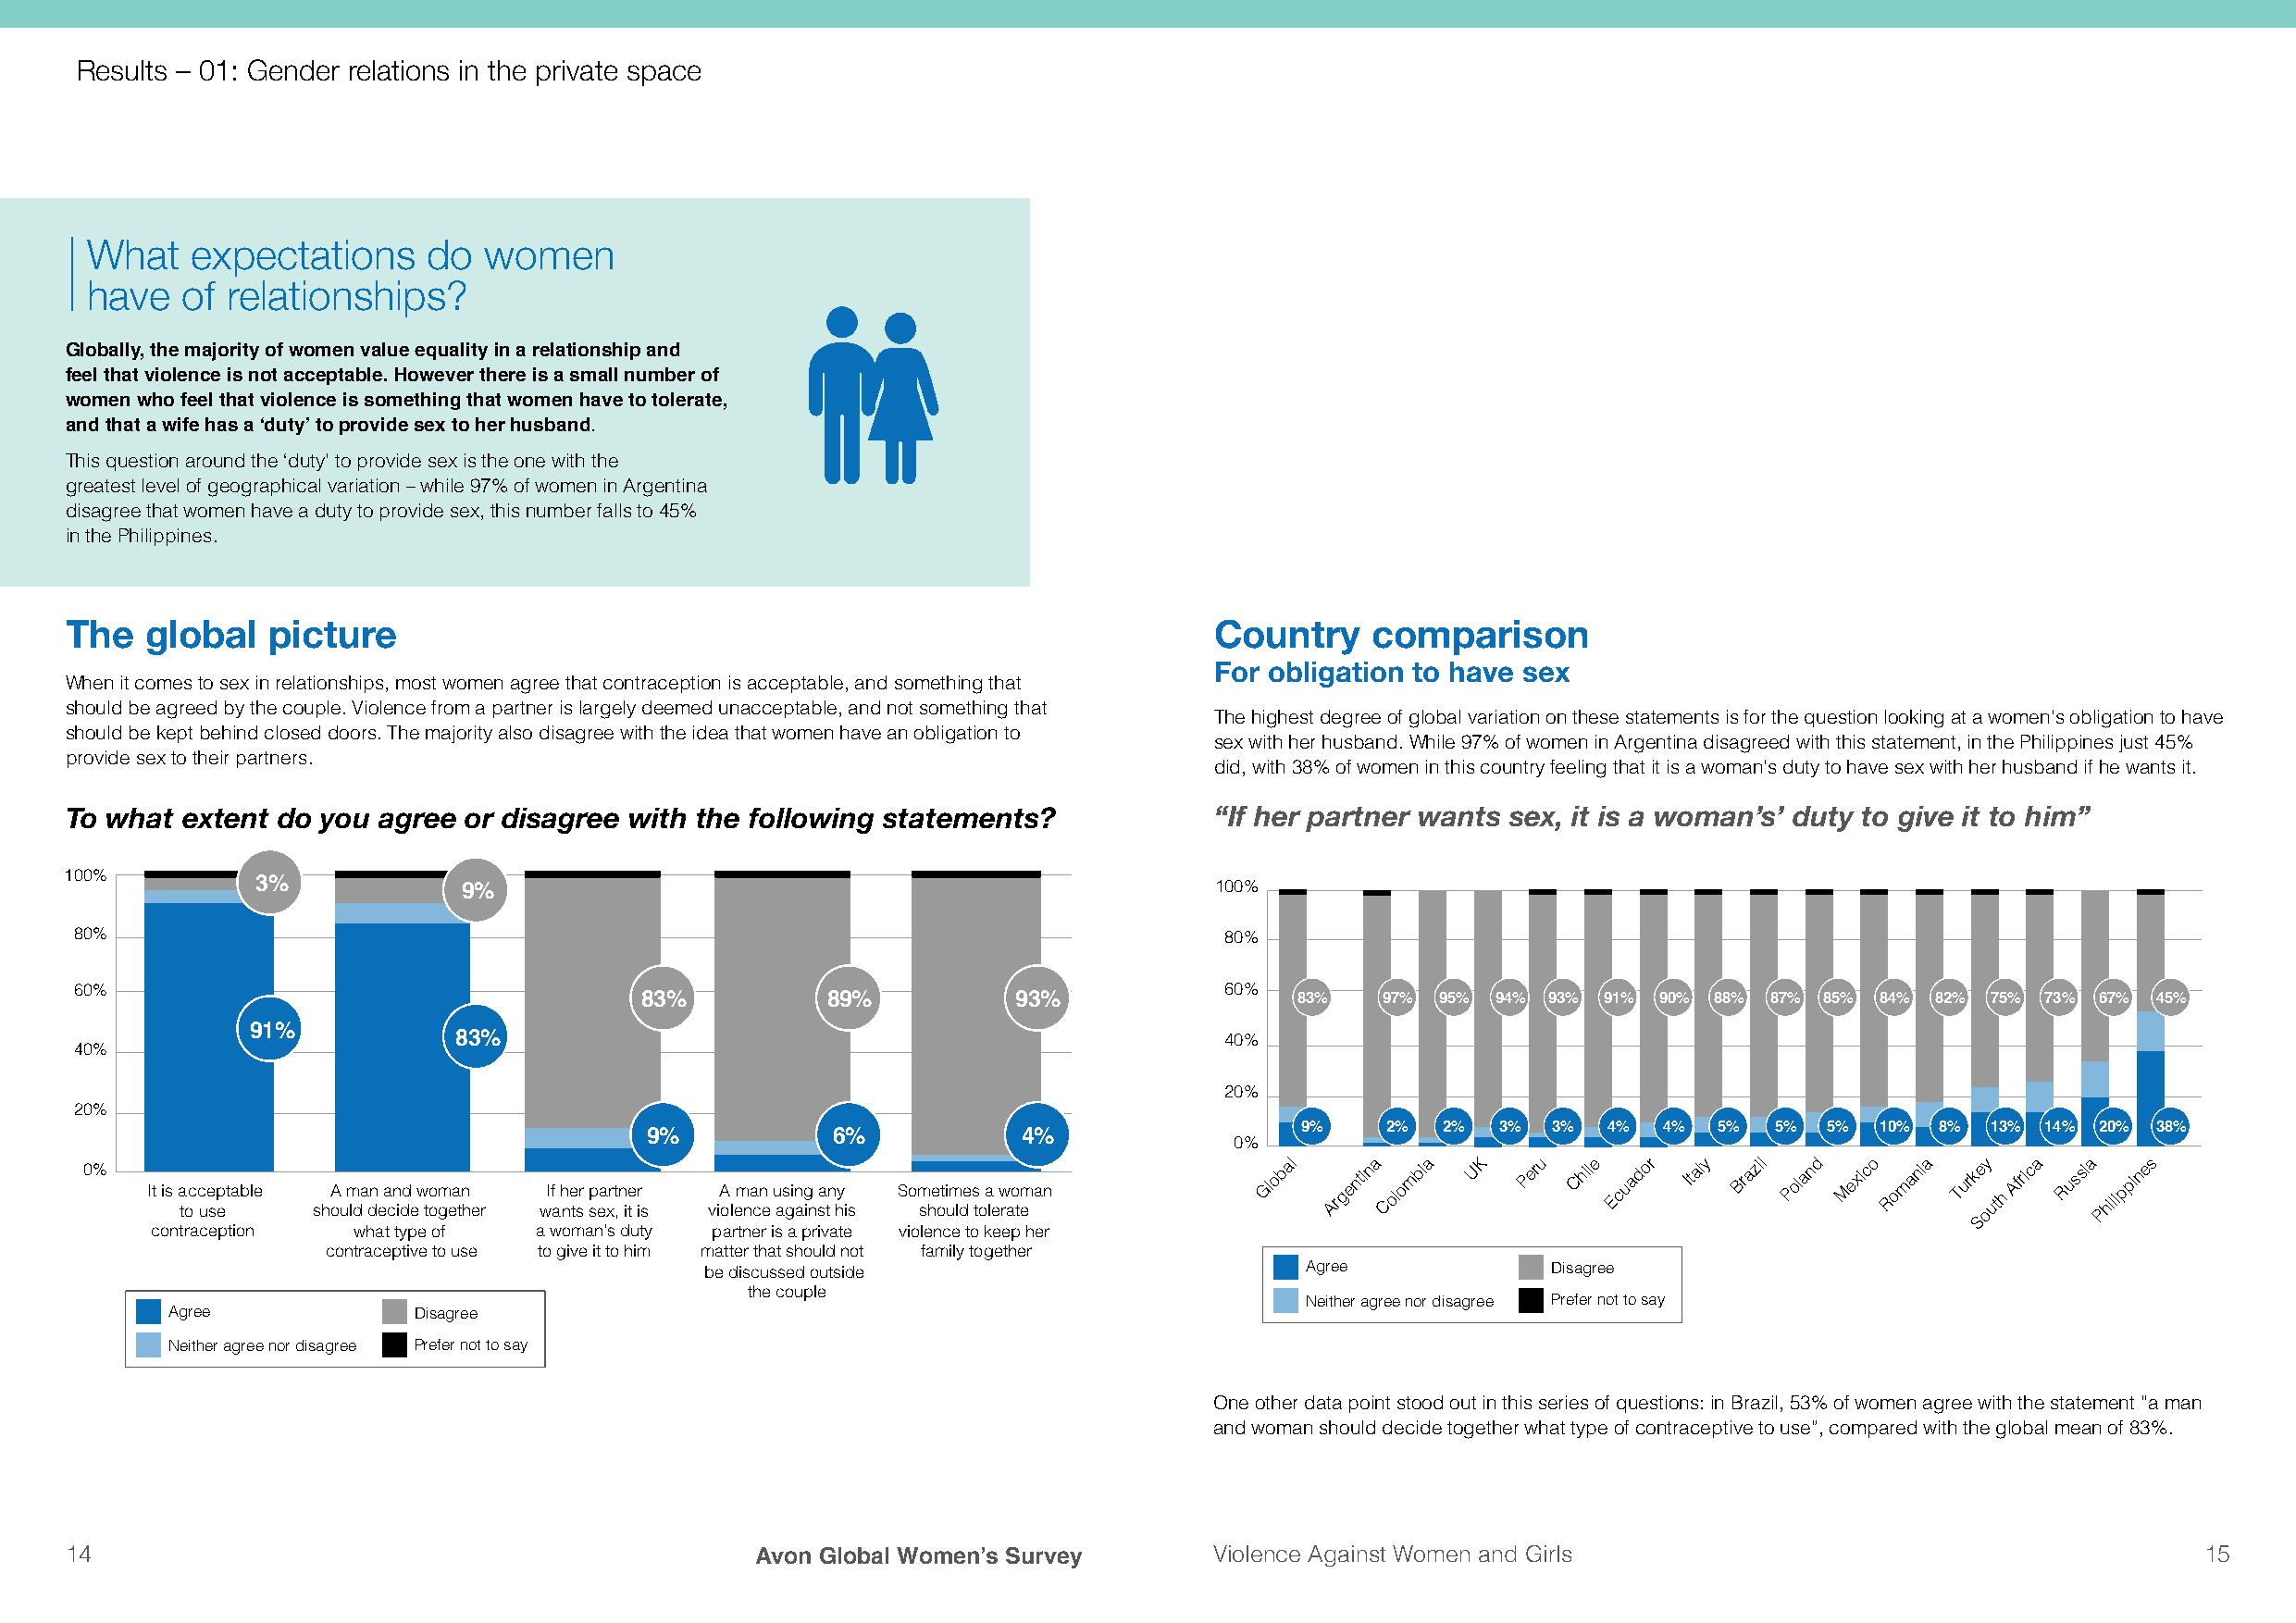
Results – 01: Gender relations in the private space
 What    expectations     do  women
 have   of relationships?
 Globally, the majority of women value equality in a relationship and
 feel that violence is not acceptable. However there is a small number of
 women who feel that violence is something that women have to tolerate,
 and that a wife has a ‘duty’ to provide sex to her husband.
 This question around the ‘duty’ to provide sex is the one with the
 greatest level of geographical variation – while 97% of women in Argentina
 disagree that women have a duty to provide sex, this number falls to 45%
 in the Philippines.
 The  global   picture                                                             Country    comparison
 For obligation to have sex
 When it comes to sex in relationships, most women agree that contraception is acceptable, and something that
 should be agreed by the couple. Violence from a partner is largely deemed unacceptable, and not something that
 The highest degree of global variation on these statements is for the question looking at a women’s obligation to have
 should be kept behind closed doors. The majority also disagree with the idea that women have an obligation to
 sex with her husband. While 97% of women in Argentina disagreed with this statement, in the Philippines just 45%
 provide sex to their partners.
 did, with 38% of women in this country feeling that it is a woman’s duty to have sex with her husband if he wants it.
 To what extent do you agree or disagree with the following statements?            “ If her partner wants sex, it is a woman’s’ duty to give it to him”
 100%
 3%             9%                                                    100%
 80%                                                                                80%
 60%                                                                                60%
 83%          89%           93%                 83%   97% 95% 94% 93% 91% 90% 88% 87% 85% 84% 82% 75% 73% 67% 45%
 91%
 83%                                                    40%
 40%
 20%
 20%
 9%    2%  2%  3%  3%  4%  4%  5%  5%  5% 10%  8% 13% 14% 20% 38%
 9%            6%           4%             0%
 0%
 It is a toc c ue sp et able shA
 ou
 m lda dn
 e
 a cn idd
 e
 w to om gea tn
 h er
 wIf
 a
 h ne tsr sp ea xrt ,n ite ir
 s
 viA
 ol
 em na cn
 e
 u as gin ag
 in
 sa tn hy
 i s
 Som she oti um lde s
 to
 a
 le
 w rao tm
 e
 an
 Global Argentina Colombia UK Peru Chile Ecuador Italy Brazil Poland Mexico Romania
 Turke
 oy
 uth
 Africa Russia Philippines
 S
 contraception what type of a woman's duty partner is a private violence to keep her
 contraceptive to use to give it to him matter that should not family together
 be discussed outside                       Agree             Disagree
 the couple
 Neither agree nor disagree Prefer not to say
 Agree             Disagree
 Neither agree nor disagree Prefer not to say
 One other data point stood out in this series of questions: in Brazil, 53% of women agree with the statement “a man
 and woman should decide together what type of contraceptive to use”, compared with the global mean of 83%.
 14                                               Avon Global Women’s Survey       Violence Against Women and Girls                                       15